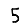
Digit: 5